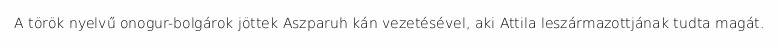
A török nyelvű onogur-bolgárok jöttek Aszparuh kán vezetésével, aki Attila leszármazottjának tudta magát.